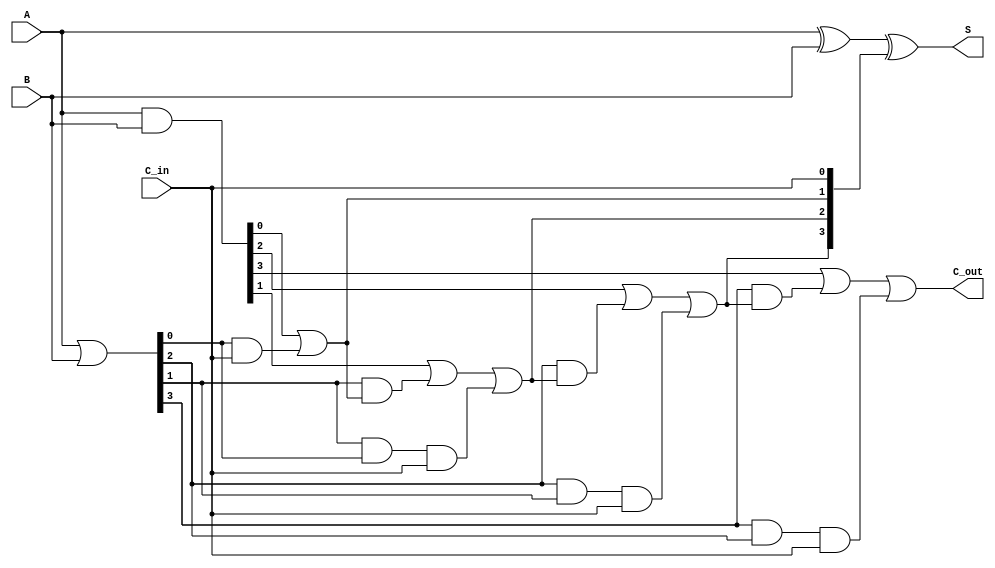
module CarryLookaheadAdder #(
    parameter n = 4 // Parameter for the bit-width of the adder
)(
    input  [n-1:0] A,      // First n-bit input
    input  [n-1:0] B,      // Second n-bit input
    input          C_in,    // Carry-in input
    output [n-1:0] S,       // Sum output
    output         C_out     // Carry-out output
);
    // Internal signals for generate and propagate
    wire [n-1:0] G; // Generate signals
    wire [n-1:0] P; // Propagate signals
    wire [n:0] C;   // Carry signals

    // Generate and Propagate logic
    assign G = A & B;          // G[i] = A[i] * B[i]
    assign P = A | B;          // P[i] = A[i] + B[i]

    // Carry calculation logic
    assign C[0] = C_in; // C[0] = C_in
    genvar i;
    generate
        for (i = 0; i < n; i = i + 1) begin : carry_logic
            if (i == 0) begin
                assign C[i+1] = G[i] | (P[i] & C[0]); // C[1]
            end else begin
                assign C[i+1] = G[i] | (P[i] & C[i]) | (P[i] & P[i-1] & C[0]); // C[i+1]
            end
        end
    endgenerate

    // Sum calculation
    assign S = A ^ B ^ C[n-1:0]; // S[i] = A[i] ^ B[i] ^ C[i]

    // Carry-out output
    assign C_out = C[n]; // C_out = C[n]

endmodule